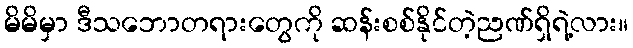
မိမိမှာ ဒီသဘောတရားတွေကို ဆန်းစစ်နိုင်တဲ့ညဏ်ရှိရဲ့လား။